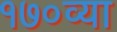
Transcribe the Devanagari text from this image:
१७०व्या